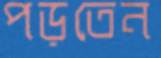
পড়তেন